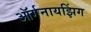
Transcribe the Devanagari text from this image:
ऑर्गनायझिंग